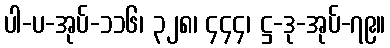
ပါ-ပ-အုပ်-၁၁၆၊ ၃၂၈၊ ၄၄၄၊ ဋ္ဌ-ဒု-အုပ်-၇၉။